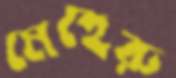
মেহেরু